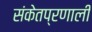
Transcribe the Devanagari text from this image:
संकेतप्रणाली